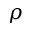
\rho